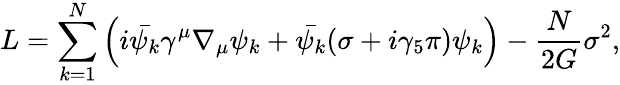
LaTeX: L=\sum_{k=1}^{N}\left(i\bar{\psi_{k}}\gamma^{\mu}\nabla_{\mu}\psi_{k}+\bar{\psi_{k}}(\sigma+i\gamma_{5}\pi)\psi_{k}\right)-\frac{N}{2G}\sigma^{2},